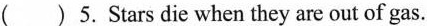
( )5.Stars die when they are out of gas.